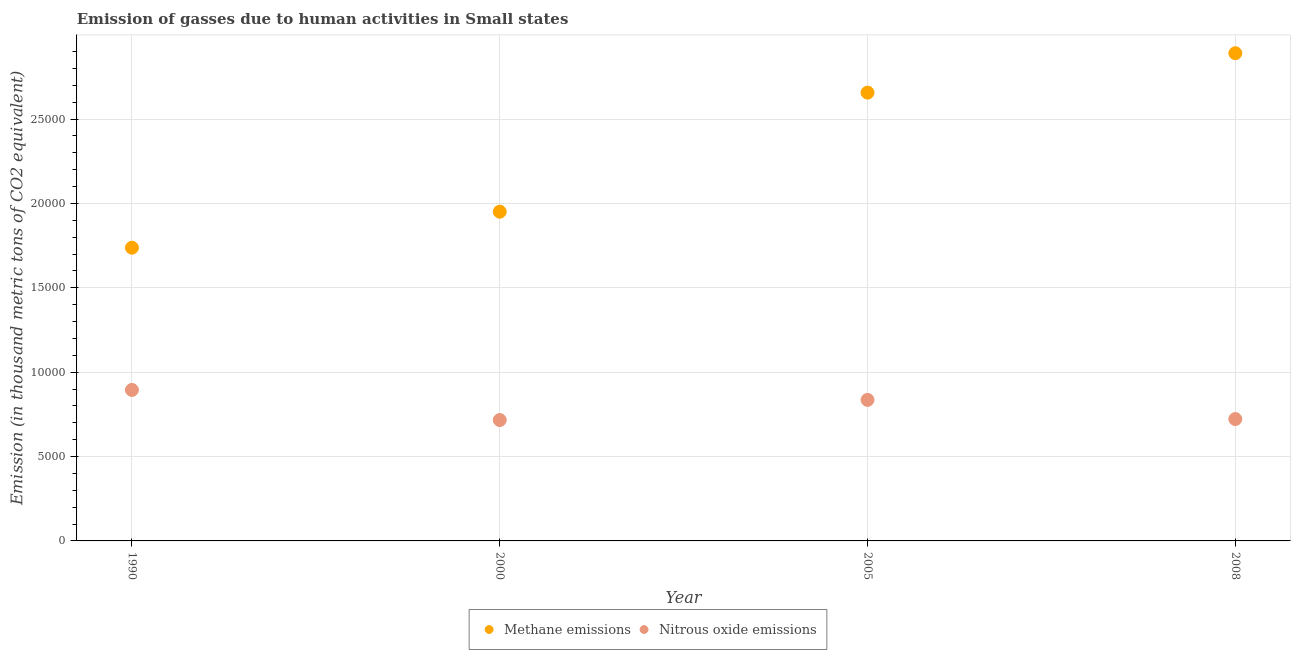
| Year | Methane emissions | Nitrous oxide emissions |
 | --- | --- | --- |
 | 1990 | 1.74e+04 | 8.95e+03 |
 | 2000 | 1.95e+04 | 7.16e+03 |
 | 2005 | 2.66e+04 | 8.36e+03 |
 | 2008 | 2.89e+04 | 7.22e+03 |